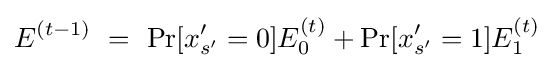
E^{(t-1)}~=~\Pr[x'_{s'}=0]E_{0}^{(t)}+\Pr[x'_{s'}=1]E_{1}^{(t)}